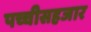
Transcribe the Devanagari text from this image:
पच्चीसहजार